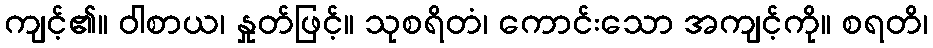
ကျင့်၏။ ဝါစာယ၊ နှုတ်ဖြင့်။ သုစရိတံ၊ ကောင်းသော အကျင့်ကို။ စရတိ၊